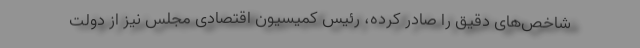
شاخص‌های دقیق را صادر کرده، رئیس کمیسیون اقتصادی مجلس نیز از دولت